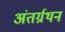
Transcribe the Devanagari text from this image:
अंतर्ग्रथन